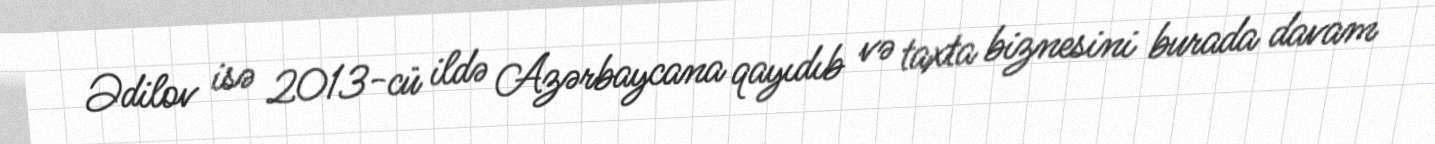
Ədilov isə 2013-cü ildə Azərbaycana qayıdıb və taxta biznesini burada davam